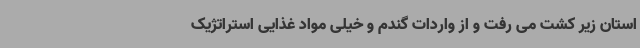
استان زیر کشت می رفت و از واردات گندم و خیلی مواد غذایی استراتژیک